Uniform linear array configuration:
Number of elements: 4
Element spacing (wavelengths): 0.75
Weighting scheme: binomial
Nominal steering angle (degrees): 45
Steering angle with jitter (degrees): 45.08
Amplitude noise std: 0.05
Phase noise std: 0.05

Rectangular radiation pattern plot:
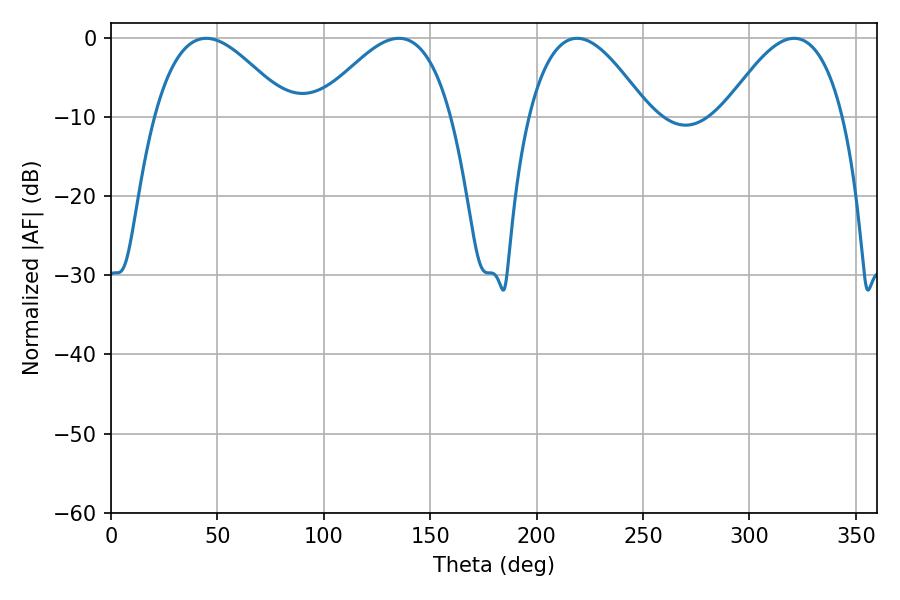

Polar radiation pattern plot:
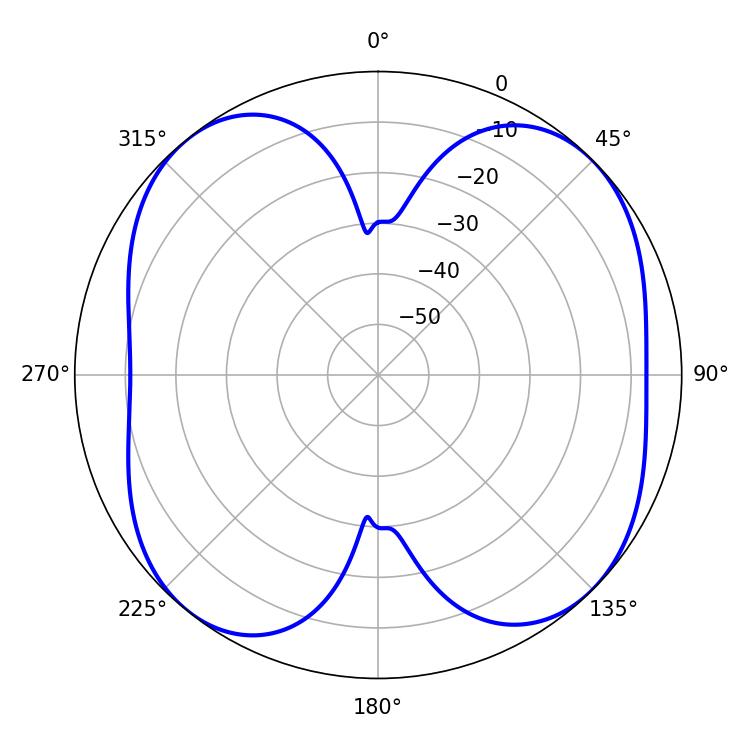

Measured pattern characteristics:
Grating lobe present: TRUE
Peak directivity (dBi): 10.195
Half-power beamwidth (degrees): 30.6
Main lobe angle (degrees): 219.06